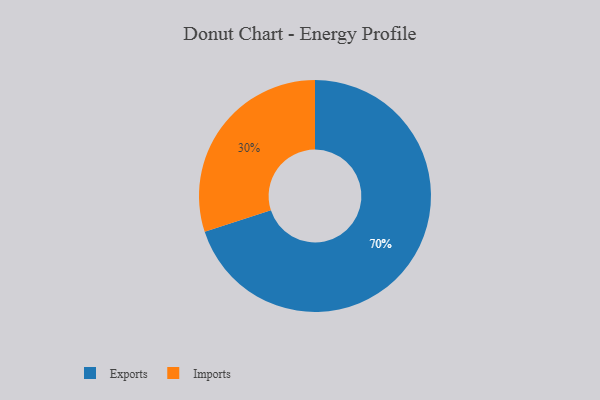
{"axis": {"x": "Category", "y": "Percentage"}, "legend": ["Exports", "Imports"], "data": [{"x": "Imports", "y": 30, "type": "Imports"}, {"x": "Exports", "y": 70, "type": "Exports"}]}